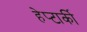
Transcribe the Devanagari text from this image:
हेप्टार्की